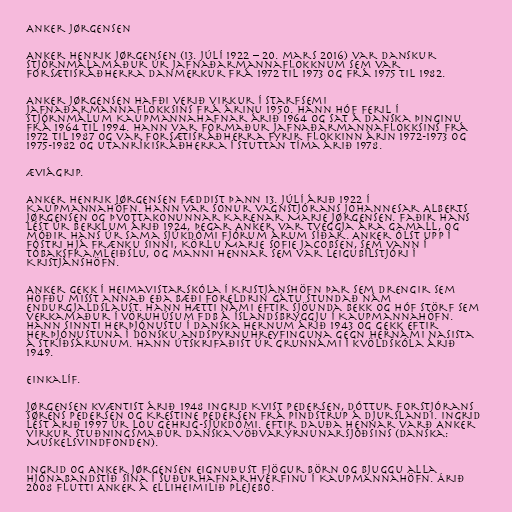
Anker Jørgensen

Anker Henrik Jørgensen (13. júlí 1922 – 20. mars 2016) var danskur
stjórnmálamaður úr Jafnaðarmannaflokknum sem var
forsætisráðherra Danmerkur frá 1972 til 1973 og frá 1975 til 1982.

Anker Jørgensen hafði verið virkur í starfsemi
Jafnaðarmannaflokksins frá árinu 1950. Hann hóf feril í
stjórnmálum Kaupmannahafnar árið 1964 og sat á danska þinginu
frá 1964 til 1994. Hann var formaður Jafnaðarmannaflokksins frá
1972 til 1987 og var forsætisráðherra fyrir flokkinn árin 1972-1973 og
1975-1982 og utanríkisráðherra í stuttan tíma árið 1978.

Æviágrip.

Anker Henrik Jørgensen fæddist þann 13. júlí árið 1922 í
Kaupmannahöfn. Hann var sonur vagnstjórans Johannesar Alberts
Jørgensen og þvottakonunnar Karenar Marie Jørgensen. Faðir hans
lést úr berklum árið 1924, þegar Anker var tveggja ára gamall, og
móðir hans úr sama sjúkdómi fjórum árum síðar. Anker ólst upp í
fóstri hjá frænku sinni, Körlu Marie Sofie Jacobsen, sem vann í
tóbaksframleiðslu, og manni hennar sem var leigubílstjóri í
Kristjánshöfn.

Anker gekk í heimavistarskóla í Kristjánshöfn þar sem drengir sem
höfðu misst annað eða bæði foreldrin gátu stundað nám
endurgjaldslaust. Hann hætti námi eftir sjöunda bekk og hóf störf sem
verkamaður í vöruhúsum FDB á Íslandsbryggju í Kaupmannahöfn.
Hann sinnti herþjónustu í danska hernum árið 1943 og gekk eftir
herþjónustuna í dönsku andspyrnuhreyfinguna gegn hernámi nasista
á stríðsárunum. Hann útskrifaðist úr grunnámi í kvöldskóla árið
1949.

Einkalíf.

Jørgensen kvæntist árið 1948 Ingrid Kvist Pedersen, dóttur forstjórans
Sørens Pedersen og Krestine Pedersen frá Pindstrup á Djurslandi. Ingrid
lést árið 1997 úr Lou Gehrig-sjúkdómi. Eftir dauða hennar varð Anker
virkur stuðningsmaður danska Vöðvarýrnunarsjóðsins (danska:
Muskelsvindfonden).

Ingrid og Anker Jørgensen eignuðust fjögur börn og bjuggu alla
hjónabandstíð sína í Suðurhafnarhverfinu í Kaupmannahöfn. Árið
2008 flutti Anker á elliheimilið Plejebo.